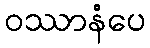
ဝဿာနံပေ